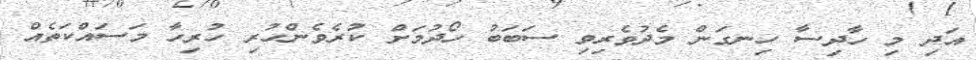
އަދި މި ހާދިސާ ހިނގަން މެދުވެރިވި ސަބަބު ހޯދުމަށް ކުރެވެންހުރި ހުރިހާ މަސައްކަތެއް